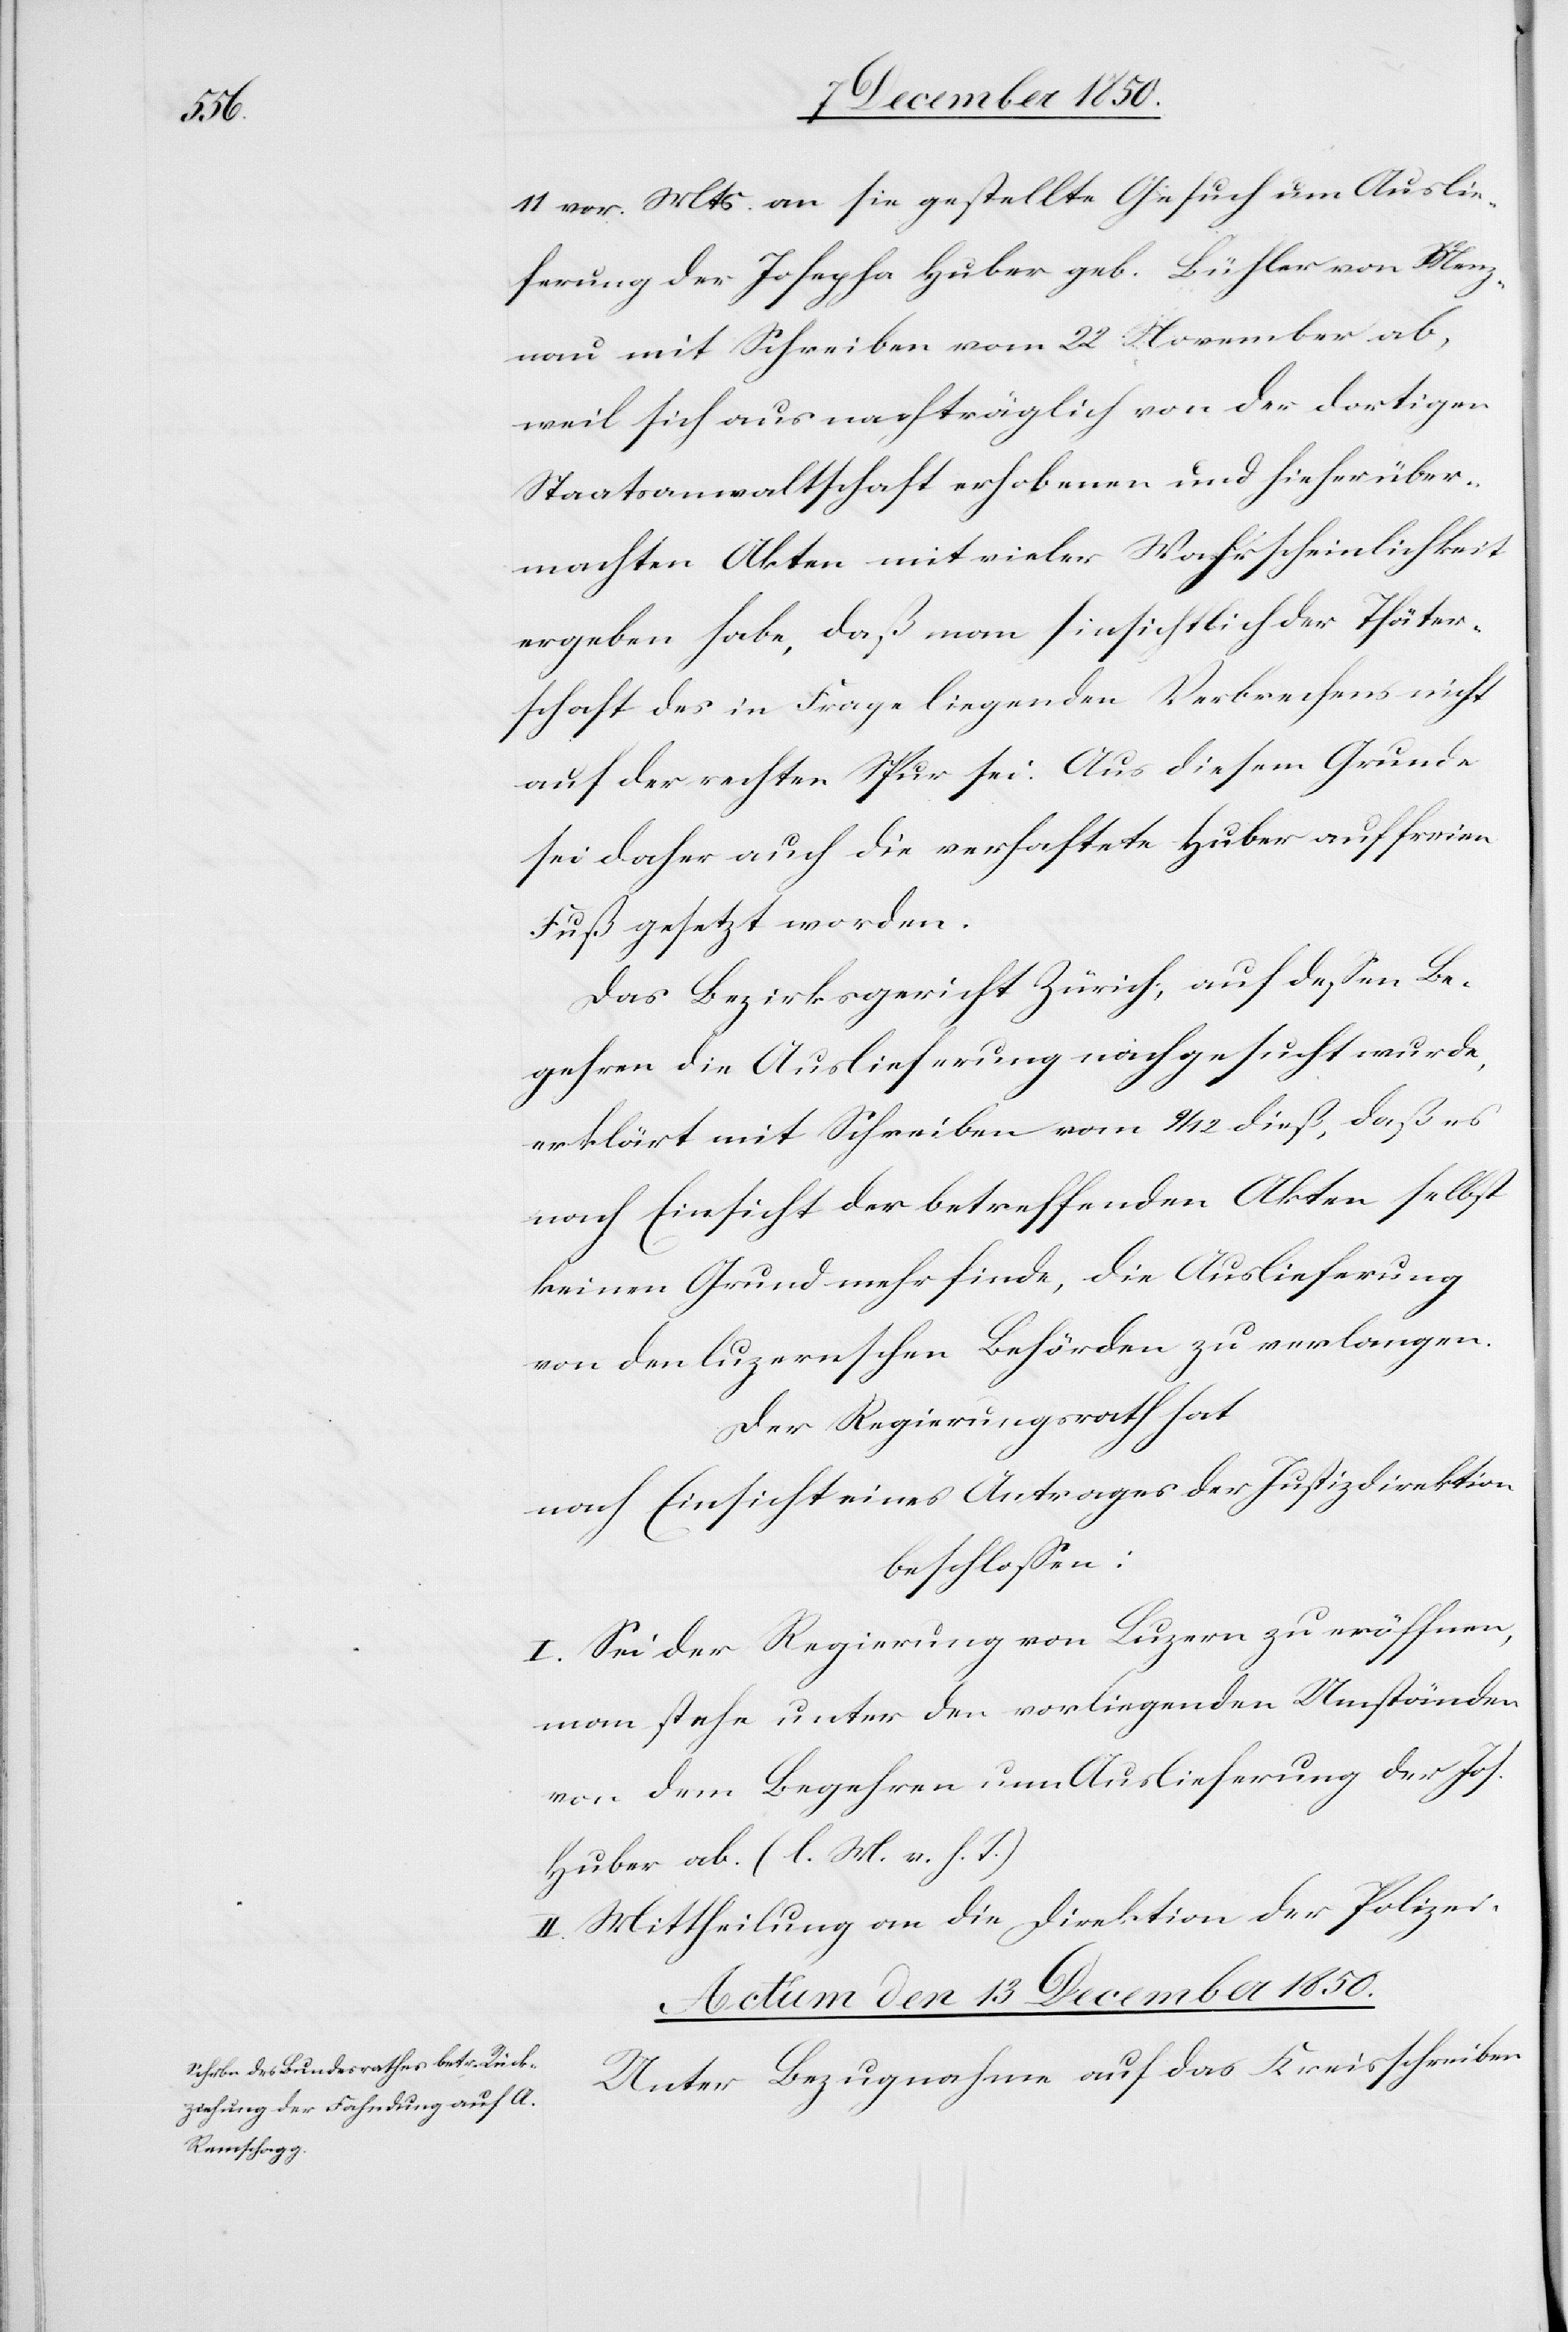
11 vor. Mts. an sie gestellte Gesuch um Auslie¬
ferung der Josepha Huber geb. Bühler von Menz¬
nau mit Schreiben vom 22 November ab,
weil sich aus nachträglich von der dortigen
Staatsanwaltschaft erhobenen und hieher über¬
machten Akten mit vieler Wahrscheinlichkeit
ergeben habe, daß man hinsichtlich der Thäter¬
schaft des in Frage liegenden Verbrechens nicht
auf der rechten Spur sei. Aus diesem Grunde
sei daher auch die verhaftete Huber auf freien
Fuß gesetzt worden.
Das Bezirksgericht Zürich, auf dessen Be¬
gehren die Auslieferung nachgesucht wurde,
erklärt mit Schreiben vom 9/12 dieß, daß es
nach Einsicht der betreffenden Akten selbst
keinen Grund mehr finde, die Auslieferung
von den luzernschen Behörden zu verlangen.
Der Regierungsrath hat
nach Einsicht eines Antrages der Justizdirektion
beschlossen:
I. Sei der Regierung von Luzern zu eröffnen,
man stehe unter den vorliegenden Umständen
von dem Begehren um Auslieferung der Jos.
Huber ab. (l. M. v. h. T.)
II. Mittheilung an die Direktion der Polizei.
Actum den 13 December 1850.
Unter Bezugnahme auf das Kreisschreiben